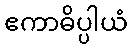
ဧကာဓိပ္ပါယံ